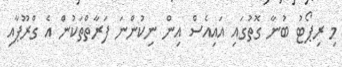
މި ރިޕޯޓު ބުނާ ގޮތުގައި އައިއެސް އިން ނިކުންނަ ފަރާތްތަކުން އެ ގްރޫޕާއި